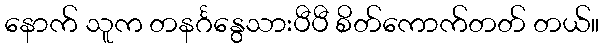
နောက် သူက တနင်္ဂနွေသားပီပီ စိတ်ကောက်တတ် တယ်။